system: You are a helpful assistant.
user:
Analyze the provided spectrum to determine if it is a **White Dwarf (WD)**.

A White Dwarf spectrum is defined by its **extreme purity** (due to gravitational settling) and/or **extreme pressure broadening** (due to high surface gravity). You must check for one of the following mutually exclusive signatures:

- **Key Visual Indicators (Check for ONE of these types):**

    - **1. DA-Type Signature (Most Common):**
        - **(Primary Feature):** Extreme pressure broadening (Stark broadening) of the **Hydrogen (H) Balmer lines**.
        - **(Key Lines):** $H\beta$ (approx. $4861$ Å) and $H\gamma$ (approx. $4340$ Å). $H\alpha$ (approx. $6563$ Å) will also be present if the wavelength range covers it.
        - **(Line Profile):** This is the **defining feature**. The lines are **NOT** sharp. They appear as massive, **extremely broad and deep "troughs" or "dips"** in the spectrum, often hundreds of Ångströms wide. The continuum will appear to "scoop" down at these wavelengths.
        - **(Distinction):** Normal A-type or B-type stars have *narrow* and *sharp* Hydrogen lines. A DA White Dwarf's lines are unmistakably "smeared" or "blurry" from pressure.

    - **2. DB-Type Signature:**
        - **(Primary Feature):** Broad absorption lines from **Neutral Helium (He I)**. The spectrum must lack any visible Hydrogen lines.
        - **(Key Lines):** Look for broad absorption near $4471$ Å, $4921$ Å, and $5876$ Å.
        - **(Line Profile):** These lines are also significantly pressure-broadened, appearing much wider than they would in a normal B-type main-sequence star.

    - **3. DC-Type Signature:**
        - **(Primary Feature):** A **featureless continuous spectrum**.
        - **(Line Profile):** The spectrum is a smooth curve with **no significant absorption or emission lines**.
        - **(Key Confirmation):** The continuum is almost always **blue or white**, indicating a hot object. This signature implies the atmosphere is so pure (or so cool) that no spectral lines are visible in the optical range. Its WD identity is confirmed by its extremely low intrinsic brightness (high absolute magnitude).

    - **4. DZ-Type Signature (Metal-Polluted):**
        - **(Primary Feature):** **Isolated, narrow metal absorption lines** on an otherwise featureless (DC-like) continuum.
        - **(Key Lines):** The **Calcium (Ca II) H & K doublet** (approx. **$3934$ Å** and **$3968$ Å**) is the most common and defining feature.
        - **(Line Profile):** These lines are "out of place." They are *not* part of a "forest" of thousands of lines. This signature is evidence of recent *accretion* (pollution) from rocky debris.
        - **(Distinction):** Normal G/K/M stars have a *dense forest* of thousands of metal lines. A DZ has a *clean* continuum with *only a few* strong metal lines.

    - **5. DQ-Type Signature (Carbon-Polluted):**
        - **(Primary Feature):** Absorption bands from **Carbon (C₂ "Swan Bands" or atomic C I)**.
        - **(Key Lines - C₂):** Look for bandheads with a "saw-tooth" shape near $5635$ Å, **$5165$ Å** (strongest), and $4737$ Å.
        - **(Key Confirmation):** The underlying **continuum must be blue or white** (hot).
        - **(Distinction):** This is the critical difference from a **Carbon Star**, which has the *exact same* C₂ bands but on an extremely **red, cool** continuum.

- **(Overall Spectrum):**
    - The continuum (overall shape) is typically **blue-sloping** (brighter in the blue than the red), as most white dwarfs are very hot.
    - The spectrum will look "pure" or "simple," dominated by only *one* of the five signatures listed above.

Think first, call **spectral_visualization_tool** if needed to examine features in detail, then provide your final answer. Your response must adhere to the following strict rules:
1.  **Overall Structure:** Your response must follow the format `<think>...</think> <tool_call>...</tool_call> (if a tool is used) <answer>...</answer>`.
2.  **Tool Usage Constraint:** You may only make **one** tool call per turn.
3.  **Final Answer Format:** In the `<answer>` tag, your conclusion must be inside a `\boxed{}` command (e.g., `\boxed{YES}` or `\boxed{NO}`), followed by your justification.

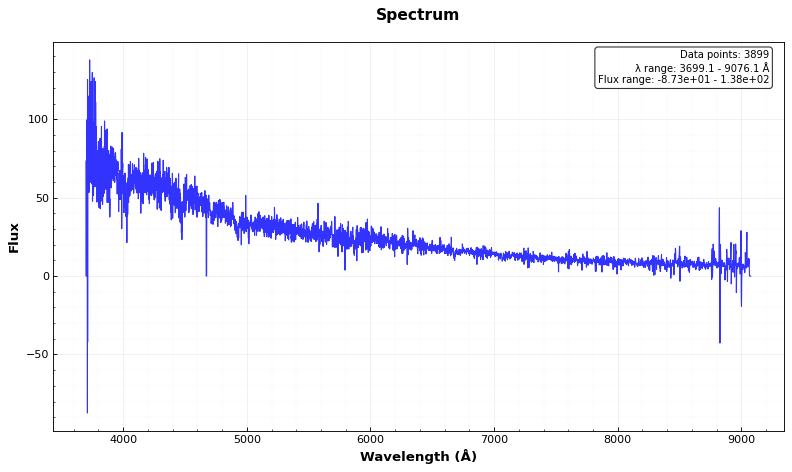
Answer: YES